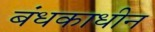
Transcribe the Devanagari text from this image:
बंधकाधीन